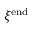
\xi ^ { \mathrm { e n d } }